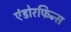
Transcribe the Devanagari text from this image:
एंडोरफिन्स